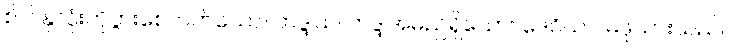
စိတ်နှလုံးကိုပွားစေတတ်သော။ ဘဒ္ဒါယ၊ ဘဒ္ဒါအမည်ရှိသော။ ဒေဝိယာ၊ မိဖုယားသည်။